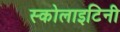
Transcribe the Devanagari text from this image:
स्कोलाइटिनी